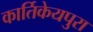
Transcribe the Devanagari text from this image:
कार्तिकेयपुरा